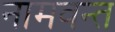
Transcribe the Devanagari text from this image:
नामवन्त